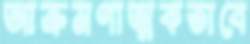
আক্রমণাত্মকভাবে